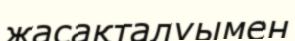
жасақталуымен